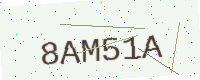
Text: 8AM51A